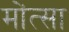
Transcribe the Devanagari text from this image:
मोंत्सा